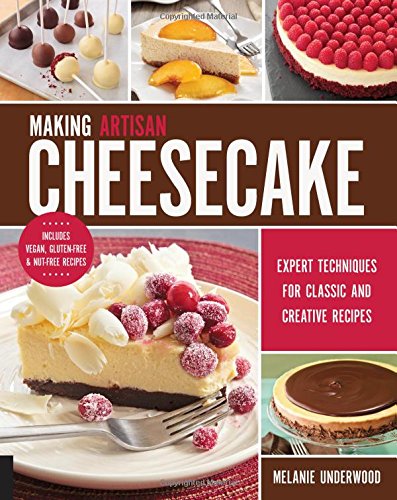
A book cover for Making Artisan Cheesecake: Expert Techniques for Classic and Creative Recipes - Includes Vegan, Gluten-Free & Nut-Free Recipes; Melanie Underwood; Cookbooks, Food & Wine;